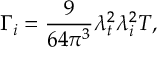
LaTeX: \Gamma _ { i } = \frac { 9 } { 6 4 \pi ^ { 3 } } \lambda _ { t } ^ { 2 } \lambda _ { i } ^ { 2 } T ,